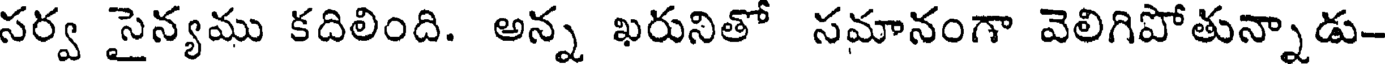
సర్వ సైన్యము కదిలింది. అన్న ఖరునితో సమానంగా వెలిగిపోతున్నాడు-